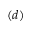
( d )